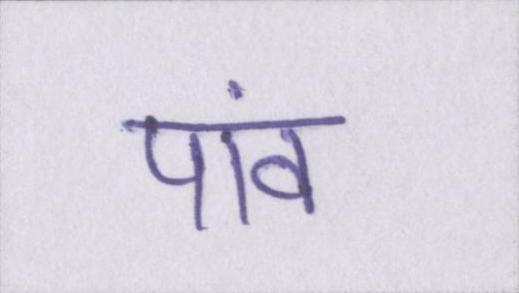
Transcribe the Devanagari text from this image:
पांव